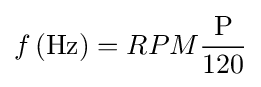
f\left({\text{Hz}}\right)=RPM{\frac {\text{P}}{120}}